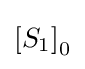
\left[S_{1}\right]_{0}